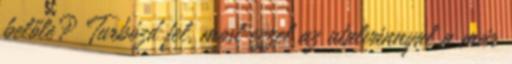
belőle? Turbózd fel, most ezzel az utalvánnyal a már